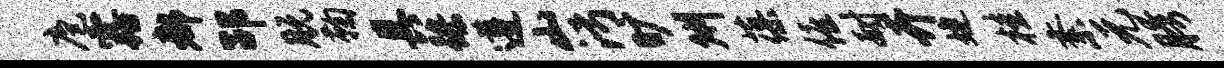
庖露都劭脱鞠具躁遵山污旷州葆僖耐卉婕桂紊元胯